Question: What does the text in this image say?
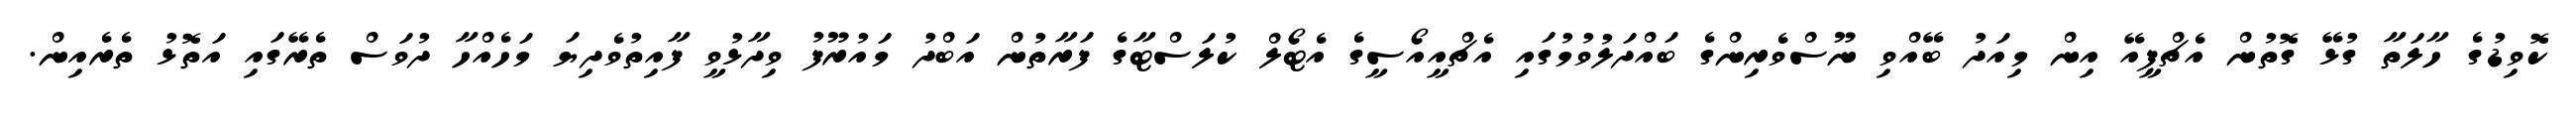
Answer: ކޮވިޑުގެ ހާލަތާ ގުޅޭ ގޮތުން އެޗްޕީއޭ އިން މިއަދު ބޭއްވި ނޫސްވެރިންގެ ބައްދަލުވުމުގައި އެޗްއީއޯސީގެ އެޓޯލް ކުލަސްޓާގެ ފަރާތުން އަބްދު މައުރޫފު ވިދާޅުވީ ފާއިތުވެދިޔަ މަހެއްހާ ދުވަސް ތެރޭގައި އަތޮޅު ތެރެއިން.